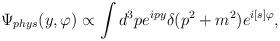
LaTeX: \begin{align*}\Psi_{phys}(y,\varphi)\propto\int d^3 p e^{ipy}\delta(p^2+m^2)e^{i[s]\varphi},\end{align*}